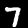
Label: 7